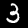
Digit: 3